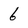
Character: 6